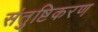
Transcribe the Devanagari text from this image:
संतुष्टिकरण